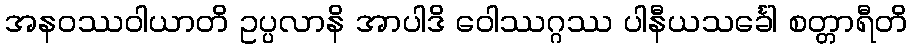
အနဝဿဝါယာတိ ဥပ္ပလာနိ အာပါဒိ ဝေါဿဂ္ဂဿ ပါနီယသင်္ခေါ စတ္တာရီတိ